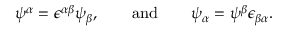
\psi ^ { \alpha } = \epsilon ^ { \alpha \beta } \psi _ { \beta } , \qquad \mathrm { a n d } \qquad \psi _ { \alpha } = \psi ^ { \beta } \epsilon _ { \beta \alpha } .